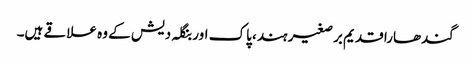
گندھارا قدیم برصغیر ہند، پاک اور بنگلہ دیش کے وہ علاقے ہیں۔